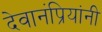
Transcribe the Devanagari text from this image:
देवानंप्रियांनी